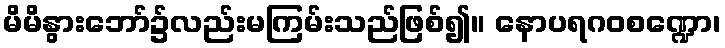
မိမိနွားဘော်၌လည်းမကြမ်းသည်ဖြစ်၍။ နောပရဂဝစဏ္ဍော၊